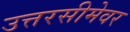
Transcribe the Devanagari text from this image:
उत्तरसीमेवर